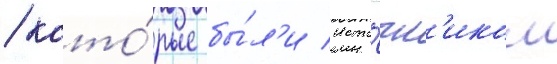
/ кото́рые бы́л'и исто́чн'иком